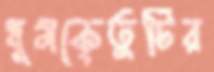
ধূমকেতুটির